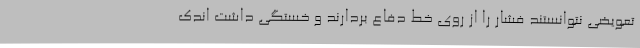
تعویضی نتوانستند فشار را از روی خط دفاع بردارند و خستگی داشت اندک